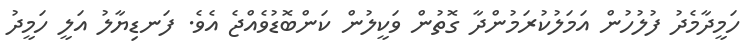
ހަމީދާމެދު ފުލުހުން އަމަލުކުރަމުންދާ ގޮތުން ވަކީލުން ކަންބޮޑުވެއްޖެ އެވެ. ފަނޑިޔާލު އަލީ ހަމީދު